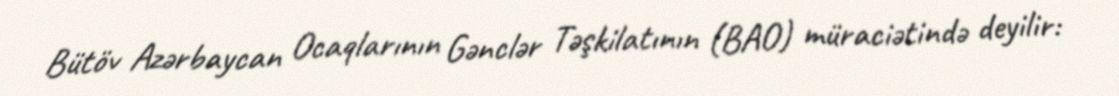
Bütöv Azərbaycan Ocaqlarının Gənclər Təşkilatının (BAO) müraciətində deyilir: